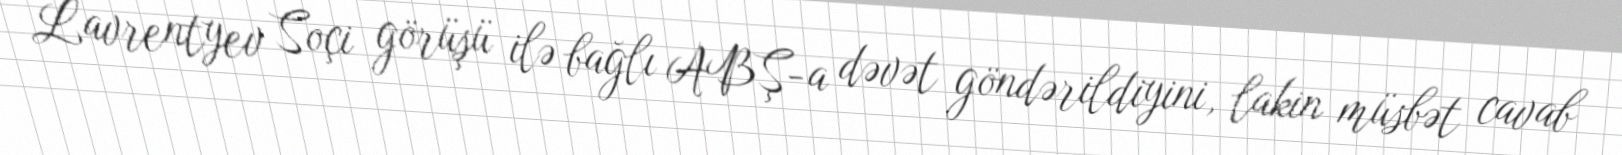
Lavrentyev Soçi görüşü ilə bağlı ABŞ-a dəvət göndərildiyini, lakin müsbət cavab